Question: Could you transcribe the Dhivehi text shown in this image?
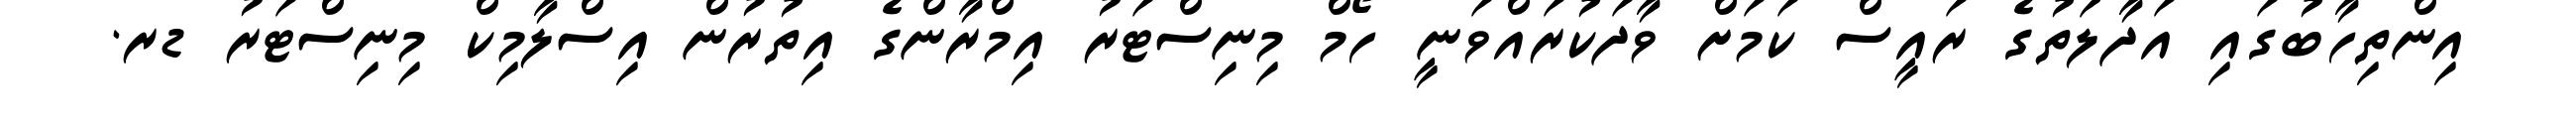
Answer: އިންތިހާބުގައި އަދާލަތުގެ ރައީސް ކަމަށް ވާދަކުރައްވަނީ ހޯމް މިނިސްޓަރު އިމްރާންގެ އިތުރުން އިސްލާމިކް މިނިސްޓަރު ޑރ.